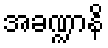
အခဏ္ဍာနိ